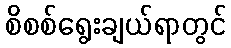
စိစစ်ရွေးချယ်ရာတွင်